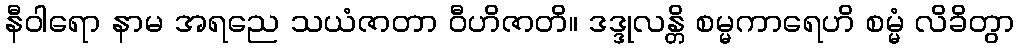
နီဝါရော နာမ အရညေ သယံဇာတာ ဝီဟိဇာတိ။ ဒဒ္ဒုလန္တိ စမ္မကာရေဟိ စမ္မံ လိခိတွာ